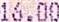
16.00